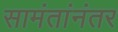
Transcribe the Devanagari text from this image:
सामंतांनंतर